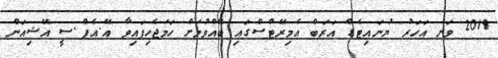
2019 ވަނަ އަހަރު ޔުނައިޓެޑް އަރަބް އެމިރޭޓްސްގައި ބޭއްވުމަށް ހަމަޖެހިފައިވާ އޭ.އެފް.ސީ އޭޝިއަން